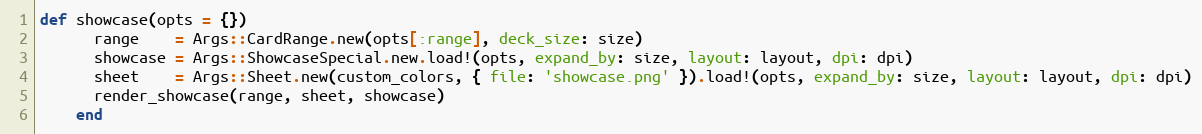
Language: Ruby
def showcase(opts = {})
      range    = Args::CardRange.new(opts[:range], deck_size: size)
      showcase = Args::ShowcaseSpecial.new.load!(opts, expand_by: size, layout: layout, dpi: dpi)
      sheet    = Args::Sheet.new(custom_colors, { file: 'showcase.png' }).load!(opts, expand_by: size, layout: layout, dpi: dpi)
      render_showcase(range, sheet, showcase)
    end